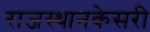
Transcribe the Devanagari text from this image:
राजस्थानकेसरी